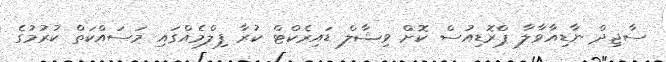
ސާޖިދް ނާޑިއާވާލާ ޕްރޮޑިއުސް ކޮށް ވިޝާލް ޑައިރެކްޓް ކުރާ ފިލްމެއްގައި މަސައްކަތް ކުރުމުގެ